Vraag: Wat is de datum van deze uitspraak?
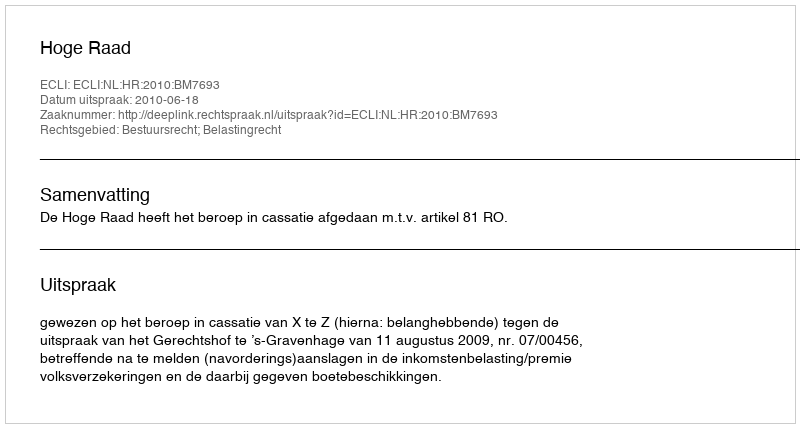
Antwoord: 2010-06-18